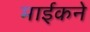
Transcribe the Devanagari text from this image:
माईकने